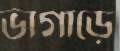
ভাগাড়ে